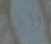
وانها